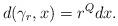
LaTeX: \begin{align*} d(\gamma_r,x) = r^Qdx. \end{align*}